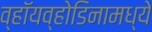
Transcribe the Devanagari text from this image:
व्हॉयव्होडिनामध्ये